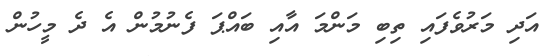
އަދި މަރުވެފައި ތިބި މަންމަ އާއި ބައްޕަ ފެނުމުން އެ ދެ މީހުން